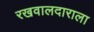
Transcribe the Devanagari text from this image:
रखवालदाराला